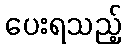
ပေးရသည့်